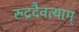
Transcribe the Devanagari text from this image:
रुद्रदैवत्याम्